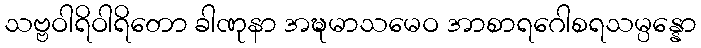
သဗ္ဗဝါရိဝါရိတော ခါဏုနာ အဍ္ဎမာသမေဝ အာစာရဂေါစရသမ္ပန္နော